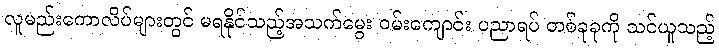
လူမည်းကောလိပ်များတွင် မရနိုင်သည့်အသက်မွေး ဝမ်းကျောင်း ပညာရပ် တစ်ခုခုကို သင်ယူသည့်